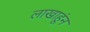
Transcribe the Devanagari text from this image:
लाखाहूंन